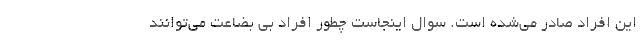
این افراد صادر می‌شده است. سوال اینجاست چطور افراد بی بضاعت می‌توانند